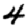
Digit: 4